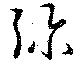
弥